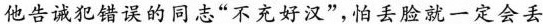
他告诫犯错误的同志“不充好汉”，怕丢脸就一定会丢